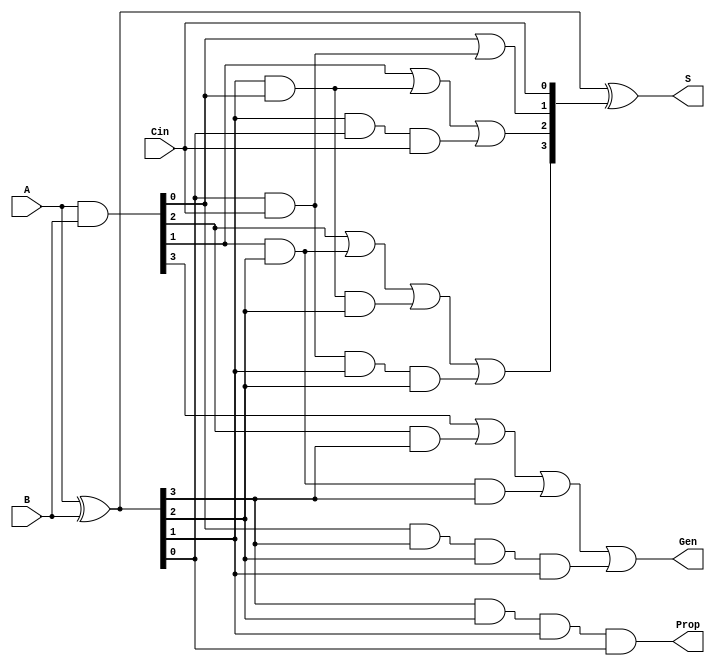
module adder4b(A, B, Cin, S, Prop, Gen);

	input [3:0] A, B;
	input Cin;

	output [3:0] S;
	output Prop, Gen;
	
	//Generate, Propagate, Carry
	wire [3:0] G, P, C;

	//Generate and Propagate logic
	assign G = A & B;
	assign P = A ^ B;

	assign Prop = P[3] & P[2] & P[1] & P[0];
	assign Gen  = G[3] | (G[2] & P[3]) | (G[1] & P[2] & P[3]) | (G[0] & P[3] & P[2] & P[1]);

	//Carry Logic
	assign C[0] = Cin;
	assign C[1] = G[0] | (P[0] & C[0]);
	assign C[2] = G[1] | (P[1] & G[0]) | (P[1] & P[0] & C[0]);
	assign C[3] = G[2] | (G[1] & P[2]) | (G[0] & P[1] & P[2]) | (C[0] & P[0] & P[1] & P[2]);  

	//Sum Logic
	assign S = P ^ C;

endmodule